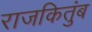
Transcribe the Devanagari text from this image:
राजकितुंब